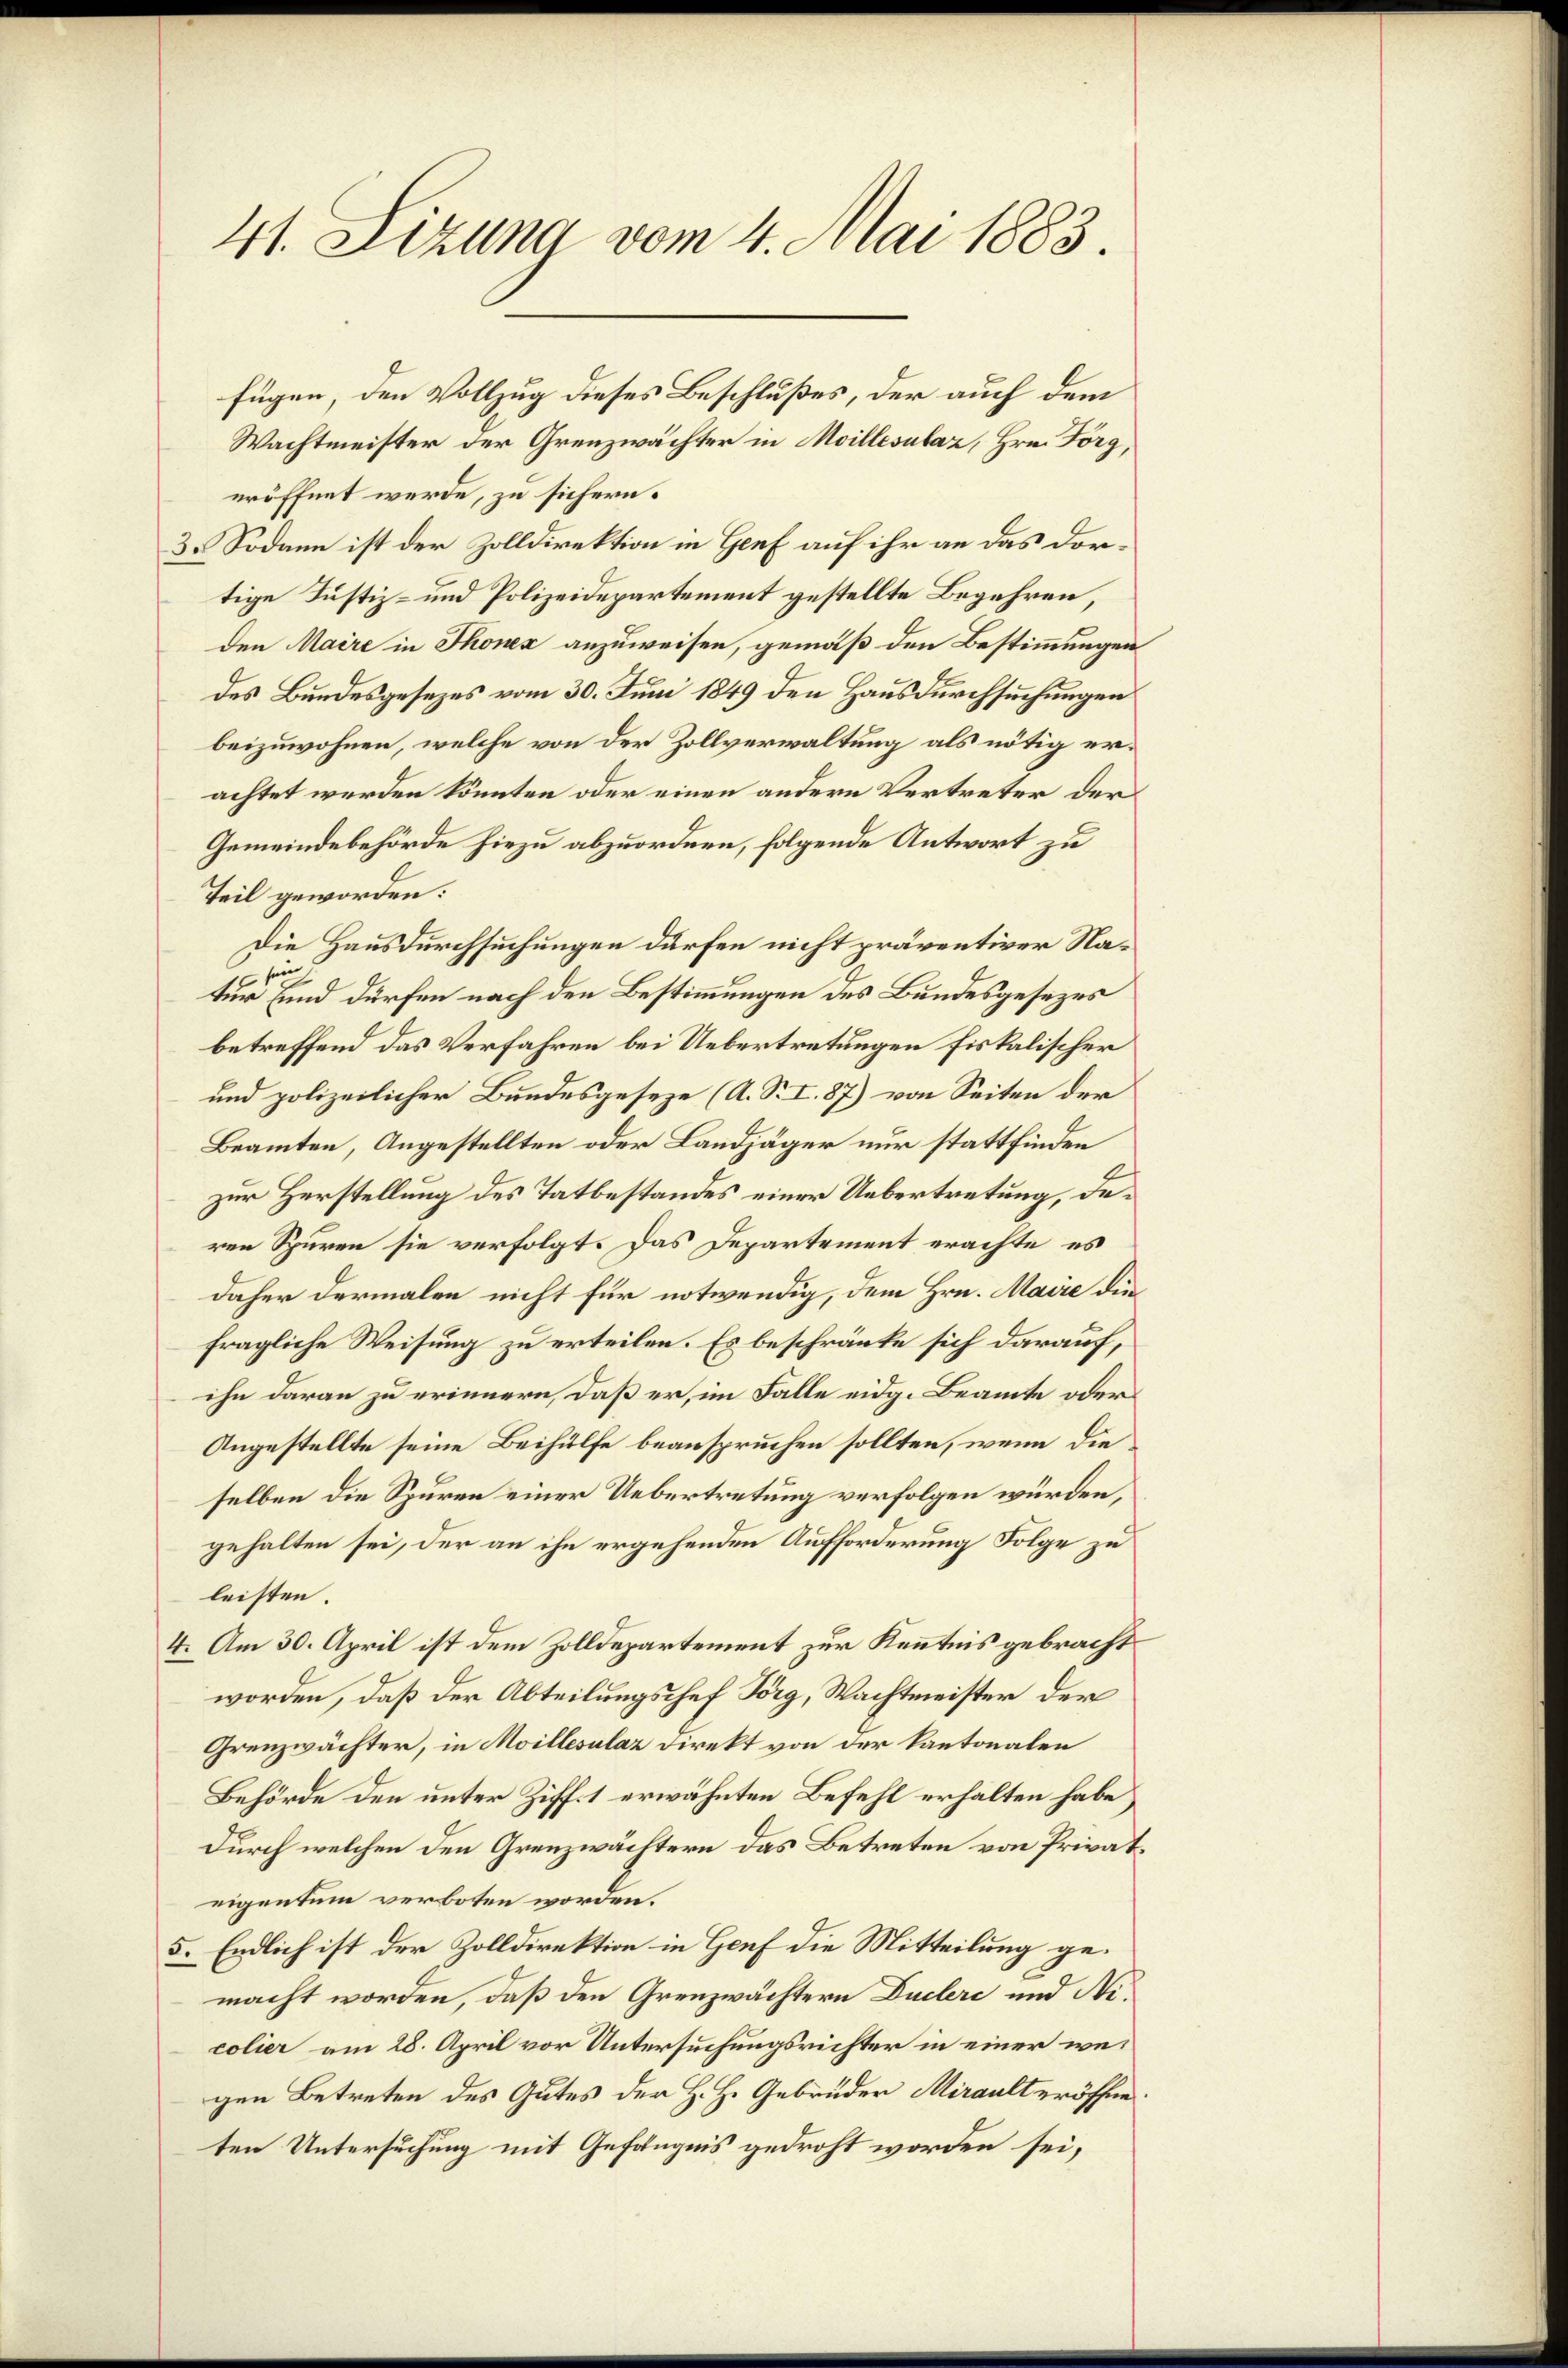
41. Sizung vom 4. Mai 1883.

eröffnet werde, zu sichern.
3. Sodann ist der Zolldirektion in Genf auf ihr an das dortige Justiz- und Polizeidepartement gestellte Begehren,
den Maire in Thonex anzuweisen, gemäß den Bestimmungen
des Bundesgesezes vom 30. Juni 1849 den Hausdurchsuchungen
beizuwohnen, welche von der Zollverwaltung als nötig erachtet werden könnten oder einen andern Vertreter der
Gemeindebehörde hiezu abzuordnen, folgende Antwort zu
Teil geworden:
Die Hausdurchsuchungen dürfen nicht präventiver Nasen
vir und dürfen nach den Bestimmungen des Bundesgesezes
betreffend das Verfahren bei Uebertretungen fiskalischer
und polizeilicher Bundesgeseze (A. S. I. 87) von Seiten der
Beamten, Angestellten oder Landjäger nur stattfinden
zur Herstellung des Tatbestandes einer Uebertretung, deren Spuren sie verfolgt. Das Departement erachte, es
daher dermalen nicht für notwendig, dem Hrn. Maire die
fragliche Weisung zu erteilen. Es beschränke sich darauf,
ihn daran zu erinnern, daß er, im Falle eidg. Beamte oder
Angestellte seine Beihülfe beanspruchen sollten, wenn die
selben die Spuren einer Uebertretung verfolgen würden,
gehalten sei, der an ihn ergehenden Aufforderung Folge zu
leisten
4. Am 30. April ist dem Zolldepartement zur Kenntnis gebracht
worden, daß der Abteilungschef Torg, Wachtmeister der
Grenzwächter, in Moillesalaz Direkt von der Kantonalen
Behörde den unter Ziff. 1 erwähnten Befehl erhalten habe,
durch welchen den Grenzwächtern das Betreten von Privateigentum verboten worden.
5. Endlich ist der Zolldirektion in Genf die Mitteilung gemacht worden, daß den Grenzwächtern Duclerc und Nicolier am 28. April vor Untersuchungsrichter in einer wei
gen Betreten des Gutes der H. H. Gebrüder Mirault eröffneten Untersuchung mit Gefängnis gedroht worden sei,

fügen, den Vollzug dieses Beschlußes, der auch dem
Wachtmeister der Grenzwächter in Moillesalaz, Hrn. Forg,